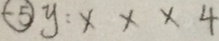
\textcircled { - 5 } y : x x x 4